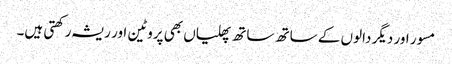
مسور اور دیگر دالوں کے ساتھ ساتھ پھلیاں بھی پروٹین اور ریشہ رکھتی ہیں۔